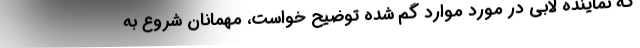
که نماینده لابی در مورد موارد گم شده توضیح خواست، مهمانان شروع به